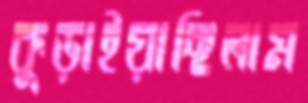
কুড়াইয়াছিলাম